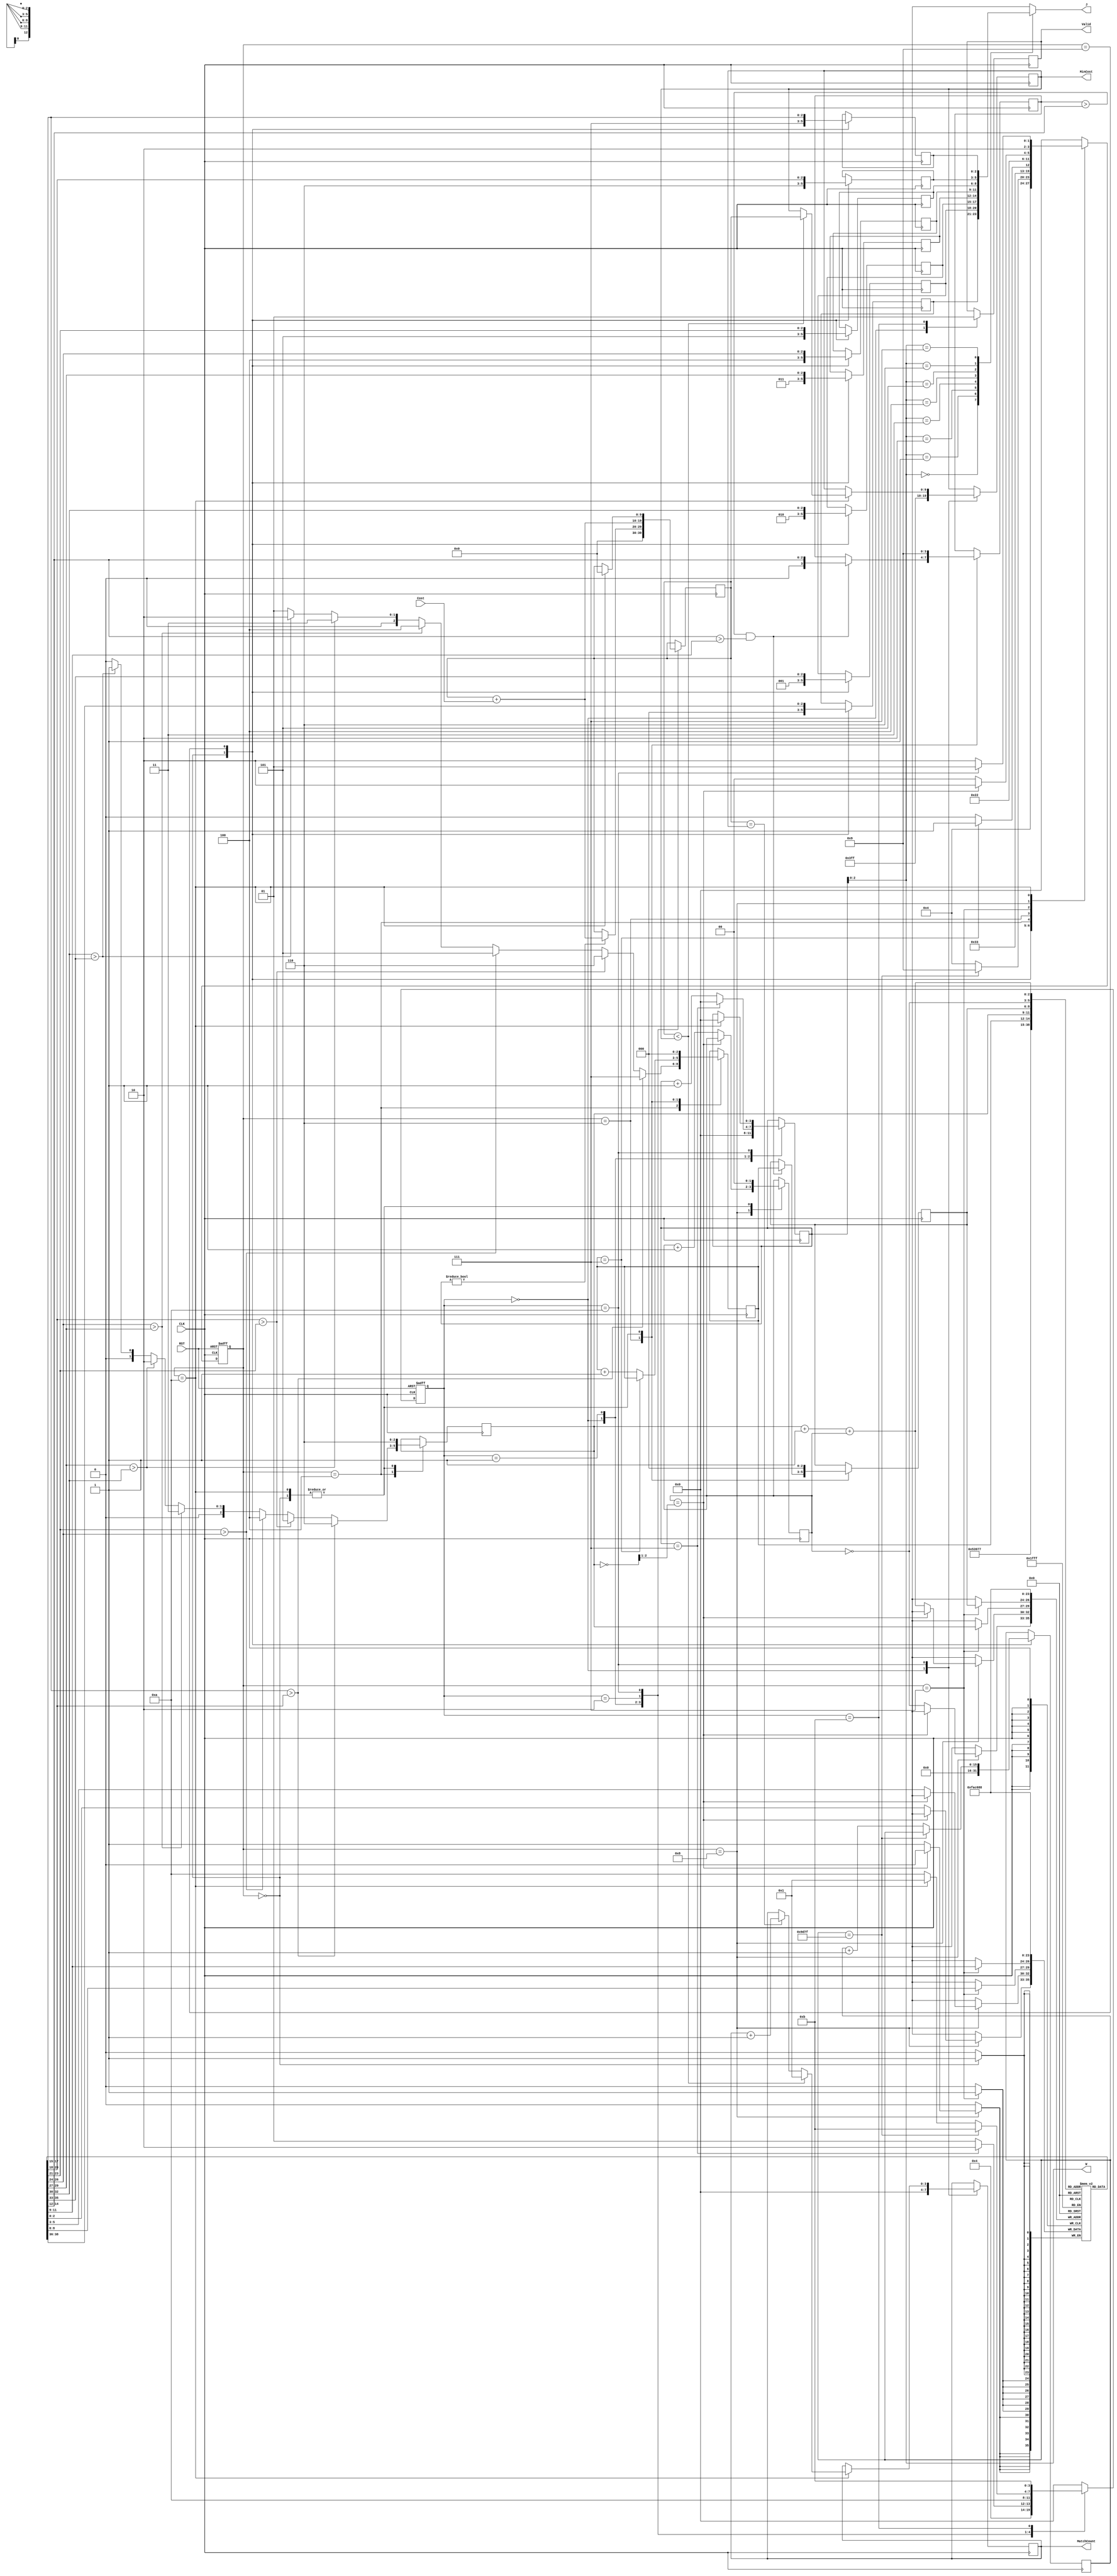
module JAM (
input CLK,
input RST,
output [2:0] W,
output [2:0] J,
input [6:0] Cost,
output reg [3:0] MatchCount,
output reg [9:0] MinCost,
output reg Valid );

localparam [3:0]IDLE        = 4'd0,
                FORI        = 4'd1,
                CALC        = 4'd2,
                CHP1        = 4'd4,
                LCG1        = 4'd5,
                LCG1        = 4'd6,
                LCG2        = 4'd7,
                CHMT        = 4'd8,
                FRAL        = 4'd9,
                OVER        = 4'd10,
                DONE        = 4'd11;


//CalCost variable definition str----------------------------
reg [3:0]CalCost_curr_state;
reg [3:0]CalCost_next_state;

reg [9:0]total_cost;
reg [3:0]i;
//CalCost variable definition end----------------------------

//LX_Sort variable definition str----------------------------
reg [3:0]LX_Sort_curr_state;
reg [3:0]LX_Sort_next_state;

reg [15:0]cnt_40320;

reg [2:0]curr_arrange[7:0];
reg [2:0]next_arrange[7:0];

reg [2:0]p;
wire [2:0]p_plus_1;

reg [2:0]LCG_cnt;
reg [3:0]min;
reg [2:0]min_pos;
wire [1:0]change_time;

reg [1:0]CHMT_cnt;
wire [2:0]CHMT_a;
wire [2:0]CHMT_b;
//LX_Sort variable definition end----------------------------

//ALU sharing str----------------------------------
assign p_plus_1 = p + 1;
assign CHMT_a = p_plus_1 + CHMT_cnt;
assign CHMT_b = ~CHMT_cnt;

assign change_time = ~p >> 1;

assign  W   =  i;
assign  J   =  curr_arrange[i];
//ALU sharing end----------------------------------

//CalCost state control str----------------------------------
always @(posedge CLK or posedge RST) begin
    if(RST)CalCost_curr_state <= IDLE;
    else CalCost_curr_state <= CalCost_next_state;
end

always @(*) begin
    case(CalCost_curr_state)
        IDLE:begin
            CalCost_next_state = FORI;
        end
        // FRAL:begin
        //     if(cnt_40320 == 16'd40319) CalCost_next_state = DONE;
        //     else CalCost_next_state = FORI;
        // end
        FORI:begin
            if (i == 7) CalCost_next_state = CALC;
            else CalCost_next_state = FORI;
        end
        CALC:begin
            CalCost_next_state = OVER;
        end
        OVER:begin
            if(cnt_40320 == 16'd40319) CalCost_next_state = DONE;
            else if (LX_Sort_curr_state == OVER) CalCost_next_state = FORI;
            else CalCost_next_state = OVER;
        end
        DONE:begin
            CalCost_next_state = DONE;
        end
        default: CalCost_next_state = IDLE;
    endcase
end
//CalCost state control end----------------------------------

//CalCost RTL operation str----------------------------------
always @(posedge CLK) begin
    case(CalCost_curr_state)
        IDLE:begin
            MinCost      <= 10'd1023;
            MatchCount   <= 4'd0;
            total_cost   <= 10'd0;
            i            <= 4'd0;
            Valid <= 1'b0;
        end
        FORI:begin
            if(i != 0)total_cost <= total_cost + {3'd0, Cost};

            if (i == 7) i <= 4'd0;
            else i <= i + 4'd1;
        end
        CALC:begin
            total_cost <= total_cost + {3'd0, Cost};
        end
        OVER:begin
            if (LX_Sort_curr_state == OVER)begin
                total_cost   <= 10'd0;
                i            <= 4'd0;
                if (total_cost < MinCost) begin
                    MatchCount <= 4'd1;
                    MinCost    <= total_cost;
                end
                else if (total_cost == MinCost)begin
                    MatchCount <= MatchCount + 4'd1;
                end
            end
        end
        DONE:begin
            Valid <= 1'b1;
        end
    endcase
end
//CalCost RTL operation end----------------------------------

//LX_Sort state control str----------------------------------
always @(posedge CLK or posedge RST) begin
    if(RST)LX_Sort_curr_state <= IDLE;
    else LX_Sort_curr_state <= LX_Sort_next_state;
end

always @(*) begin
    case(LX_Sort_curr_state)
        IDLE:begin
            LX_Sort_next_state = CHP1;
        end
        FRAL:begin
            if(cnt_40320 == 16'd40319) LX_Sort_next_state = FRAL;
            else LX_Sort_next_state = CHP1;
        end
        CHP1:begin
            LX_Sort_next_state = LCG1;
        end
        LCG1:begin
            if(LCG_cnt == 3'd7) LX_Sort_next_state = LCG2;
            else LX_Sort_next_state = LCG1;
        end
        LCG2:begin
            LX_Sort_next_state = CHMT;
        end
        CHMT:begin
            if(CHMT_cnt == change_time) LX_Sort_next_state = OVER;
            else LX_Sort_next_state = CHMT;
        end
        OVER:begin
            if(CalCost_curr_state == OVER) LX_Sort_next_state = FRAL;
            else LX_Sort_next_state = OVER;
        end
        default: LX_Sort_next_state = IDLE;
    endcase
end
//LX_Sort state control end----------------------------------

//LX_Sort RTL operation str----------------------------------
always @(posedge CLK) begin
    case(LX_Sort_curr_state)
        IDLE:begin
            curr_arrange[0] <= 0;
            curr_arrange[1] <= 1;
            curr_arrange[2] <= 2;
            curr_arrange[3] <= 3;
            curr_arrange[4] <= 4;
            curr_arrange[5] <= 5;
            curr_arrange[6] <= 6;
            curr_arrange[7] <= 7;
            next_arrange[0] <= 0;
            next_arrange[1] <= 1;
            next_arrange[2] <= 2;
            next_arrange[3] <= 3;
            next_arrange[4] <= 4;
            next_arrange[5] <= 5;
            next_arrange[6] <= 6;
            next_arrange[7] <= 7;
            p <= 3'd6;
            min <= 4'd9;
            min_pos <= 3'd0;
            LCG_cnt <= 3'd0;
            CHMT_cnt <= 3'd0;

            cnt_40320 <= 16'd0;
        end
        FRAL:begin
            curr_arrange[0] <= next_arrange[0];
            curr_arrange[1] <= next_arrange[1];
            curr_arrange[2] <= next_arrange[2];
            curr_arrange[3] <= next_arrange[3];
            curr_arrange[4] <= next_arrange[4];
            curr_arrange[5] <= next_arrange[5];
            curr_arrange[6] <= next_arrange[6];
            curr_arrange[7] <= next_arrange[7];

            if(cnt_40320 == 16'd40319);
            else cnt_40320 <= cnt_40320 + 1'b1;
        end
        CHP1:begin
            if(next_arrange[7] > next_arrange[6]) begin
                LCG_cnt <= 3'd7;
                p <= 3'd6;
            end
            else if (next_arrange[6] > next_arrange[5])begin 
                LCG_cnt <= 3'd6;
                p <= 3'd5;
            end
            else if (next_arrange[5] > next_arrange[4])begin 
                LCG_cnt <= 3'd5;
                p <= 3'd4;
            end
            else if (next_arrange[4] > next_arrange[3])begin 
                LCG_cnt <= 3'd4;
                p <= 3'd3;
            end
            else if (next_arrange[3] > next_arrange[2])begin 
                LCG_cnt <= 3'd3;
                p <= 3'd2;
            end
            else if (next_arrange[2] > next_arrange[1])begin 
                LCG_cnt <= 3'd2;
                p <= 3'd1;
            end
            else begin
                LCG_cnt <= 3'd1;
                p <= 3'd0;
            end
        end
        LCG1:begin
            if(min > next_arrange[LCG_cnt] && next_arrange[LCG_cnt] > next_arrange[p])begin
                min <= next_arrange[LCG_cnt];
                min_pos <= LCG_cnt;
            end
            if(LCG_cnt == 3'd7);
            else LCG_cnt <= LCG_cnt + 1'b1;
        end
        LCG2:begin
            next_arrange[min_pos] <= next_arrange[p];
            next_arrange[p] <= next_arrange[min_pos];
        end
        CHMT:begin
            if(CHMT_cnt == change_time);
            else begin
                next_arrange[CHMT_a] <= next_arrange[CHMT_b];
                next_arrange[CHMT_b] <= next_arrange[CHMT_a];
                CHMT_cnt <= CHMT_cnt + 1'b1;
            end
        end
        OVER:begin
            p       <= 3'd6;
            min     <= 4'd9;
            min_pos <= 3'd0;
            LCG_cnt <= 3'd0;
            CHMT_cnt<= 3'd0;
        end
    endcase
end
//LX_Sort RTL operation end----------------------------------

endmodule